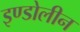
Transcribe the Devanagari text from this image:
इण्डोलीन